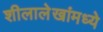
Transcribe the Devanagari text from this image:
शीलालेखांमध्ये